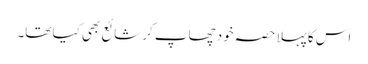
اس کا پہلا حصہ خود چھاپ کر شائع بھی کیا تھا۔